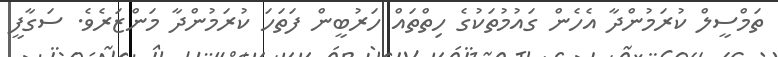
ތަމްސީލް ކުރަމުންދާ އެހެން ގައުމުތަކުގެ ހިތްތައް ހަރުބީން ފަތަހަ ކުރަމުންދާ މަންޒަރެވެ. ސަގާފީ